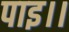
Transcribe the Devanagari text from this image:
पाइ।।